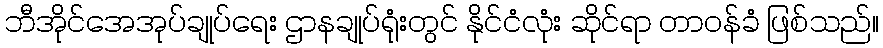
ဘီအိုင်အေအုပ်ချုပ်ရေး ဌာနချုပ်ရုံးတွင် နိုင်ငံလုံး ဆိုင်ရာ တာဝန်ခံ ဖြစ်သည်။